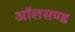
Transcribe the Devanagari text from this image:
ऑलसण्ड